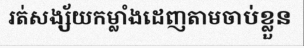
រត់សង្ស័យកម្លាំងដេញតាមចាប់ខ្លួន